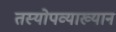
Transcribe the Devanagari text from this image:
तस्योपव्याख्यानं